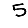
Digit: 5